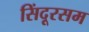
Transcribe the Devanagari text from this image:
सिंदूरसम